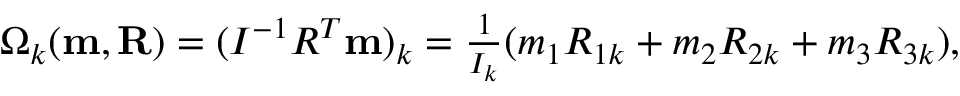
\begin{array} { r } { \Omega _ { k } ( { \bf m , R } ) = ( I ^ { - 1 } R ^ { T } { \bf m } ) _ { k } = \frac { 1 } { I _ { k } } ( m _ { 1 } R _ { 1 k } + m _ { 2 } R _ { 2 k } + m _ { 3 } R _ { 3 k } ) , } \end{array}